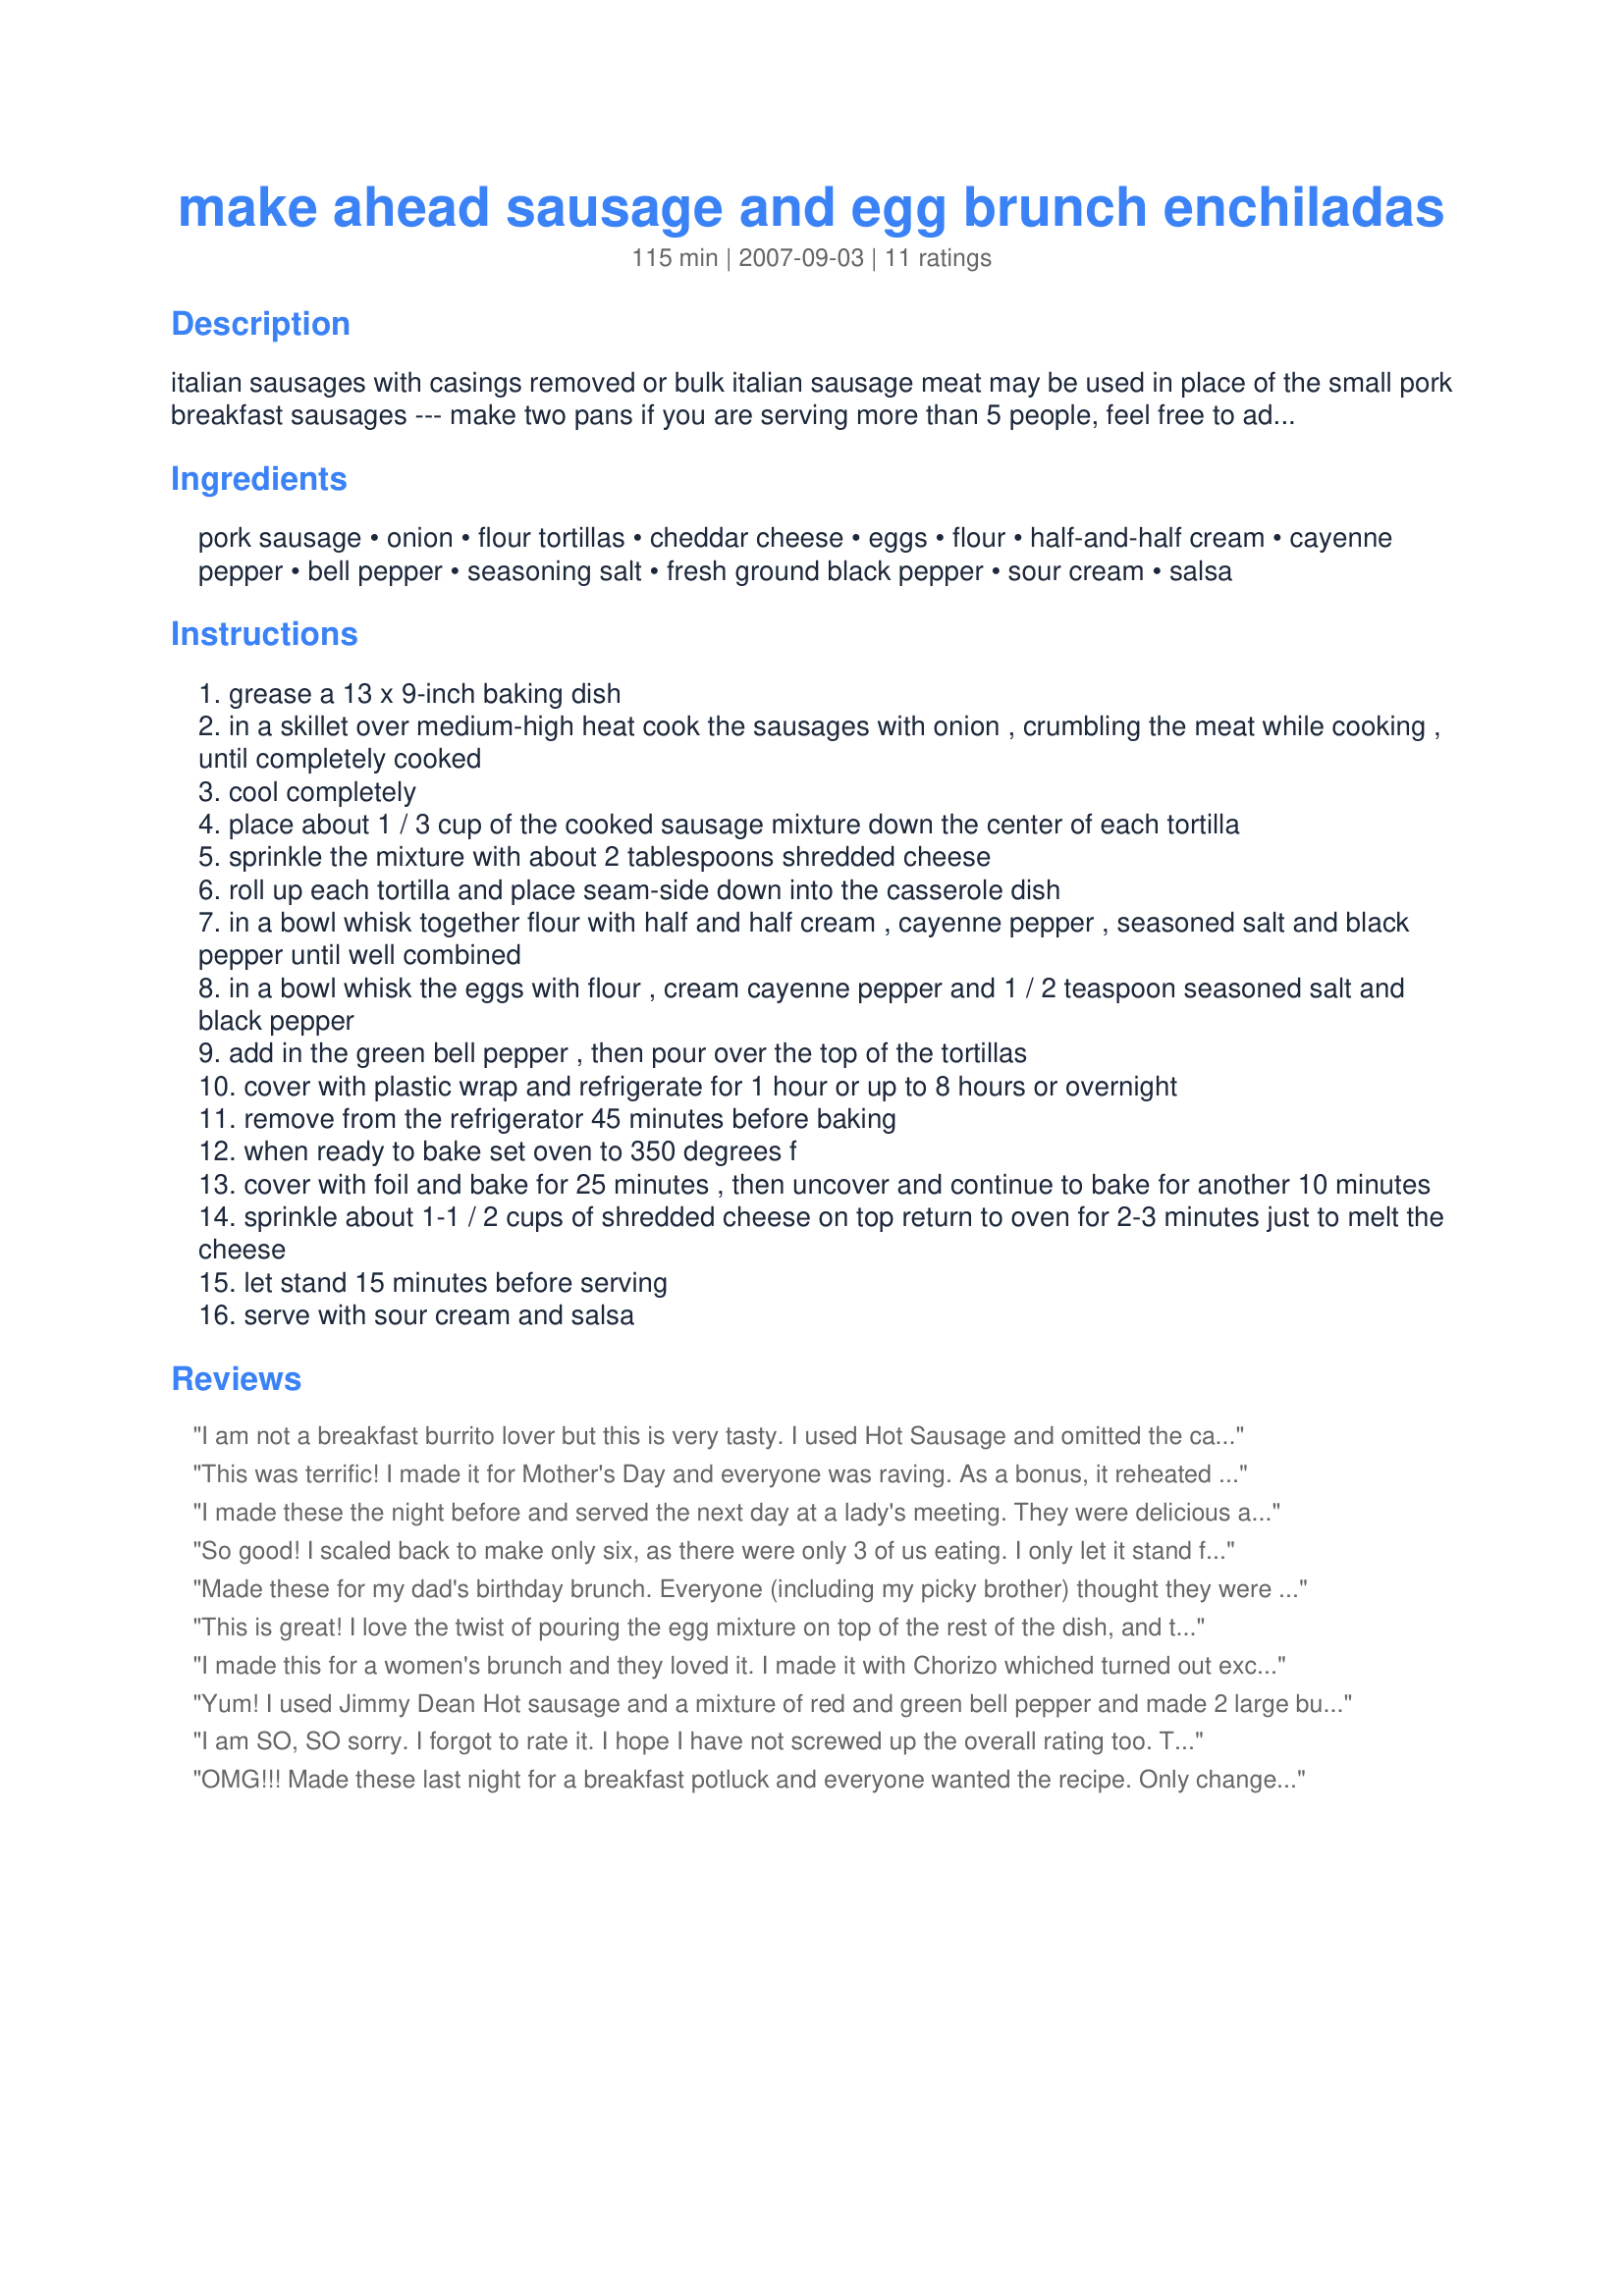
make ahead sausage and egg brunch enchiladas
Preparation time: 115 minutes

italian sausages with casings removed or bulk italian sausage meat may be used in place of the small pork breakfast sausages --- make two pans if you are serving more than 5 people, feel free to add in other ingredients to the sausage mixture, the cheese amount may be adjusted to taste --- these are delicious!

Ingredients:
pork sausage, onion, flour tortillas, cheddar cheese, eggs, flour, half-and-half cream, cayenne pepper, bell pepper, seasoning salt, fresh ground black pepper, sour cream, salsa

Steps:
grease a 13 x 9-inch baking dish
in a skillet over medium-high heat cook the sausages with onion , crumbling the meat while cooking , until completely cooked
cool completely
place about 1 / 3 cup of the cooked sausage mixture down the center of each tortilla
sprinkle the mixture with about 2 tablespoons shredded cheese
roll up each tortilla and place seam-side down into the casserole dish
in a bowl whisk together flour with half and half cream , cayenne pepper , seasoned salt and black pepper until well combined
in a bowl whisk the eggs with flour , cream cayenne pepper and 1 / 2 teaspoon seasoned salt and black pepper
add in the green bell pepper , then pour over the top of the tortillas
cover with plastic wrap and refrigerate for 1 hour or up to 8 hours or overnight
remove from the refrigerator 45 minutes before baking
when ready to bake set oven to 350 degrees f
cover with foil and bake for 25 minutes , then uncover and continue to bake for another 10 minutes
sprinkle about 1-1 / 2 cups of shredded cheese on top return to oven for 2-3 minutes just to melt the cheese
let stand 15 minutes before serving
serve with sour cream and salsa

Reviews:
I am not a breakfast burrito lover but this is very tasty. I used Hot Sausage and omitted the cayenne pepper. It was wonderful. Given 5 stars by all guests.
This was terrific! I made it for Mother's Day and everyone was raving. As a bonus, it reheated nicely in the microwave a few days later, too. The pepper seemed like way too much after I mixed it in. Luckily, like many spices it floats, so I let it stick to the liquid measuring cup I used to transfer the egg mixture from the bowl to the casserole dish and then rinsed the cup between transfers. I'm so glad I did - most of the pepper was removed that way, and I thought it still had a smidgeon too much. It was still wonderful, though, so it's worth 5 stars in spite of that one little thing.
I made these the night before and served the next day at a lady's meeting. They were delicious and easy to transport unbaked with a good foil covering. I doubled the egg mixture to make a more filling single batch. The cassarole turned out delicious but DO plan to increase the baking time if you increase the egg mixture. It took just about an hour with my change.
So good! I scaled back to make only six, as there were only 3 of us eating. I only let it stand for one hour, as I was serving it for dinner instead of breakfast. I chose to use the green pepper. :)
Made these for my dad's birthday brunch. Everyone (including my picky brother) thought they were great. The only thing I did differently was to add a small can of green chiles to the sauce. Very tasty. Thanks!
This is great! I love the twist of pouring the egg mixture on top of the rest of the dish, and the green pepper gives it a nice presentation. Thanks for sharing!
I made this for a women's brunch and they loved it. I made it with Chorizo whiched turned out excellent!!!! this was added to our church's "good" recipe list! =)
Yum! I used Jimmy Dean Hot sausage and a mixture of red and green bell pepper and made 2 large burrito-size tortillas. The eggs came out light, fluffy, and moist. This was a fun and delicious meal. Thanks Kitten.
I am SO, SO sorry. I forgot to rate it. I hope I have not screwed up the overall rating too. This is DEFINITELY a 5. Sorry for the rating screw up!
OMG!!! Made these last night for a breakfast potluck and everyone wanted the recipe. Only changes I used Owens Hot sausage and instead of bell pepper I used a can of chopped chiles and instead of cheddar cheese used the Mexican blend cheese. This is definitely a keeper.
Great breakfast this morning, Kittencal! I used low fat tortillas and leftover ham instead of sausage. I also left out the bell pepper due to family taste and piled on the cheese. LOL! Thanks for the recipe!
